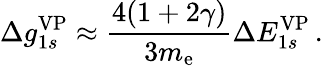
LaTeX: \Delta{g}_{1s}^{\mathrm{VP}}\approx\frac{4(1+2\gamma)}{3m_{\mathrm{e}}}\Delta{E}_{1s}^{\mathrm{VP}}\, .